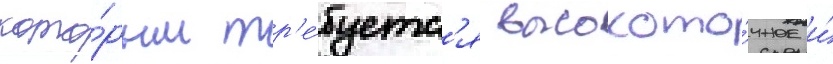
кото́рым тр'е́буетс'я высокото́чное и́